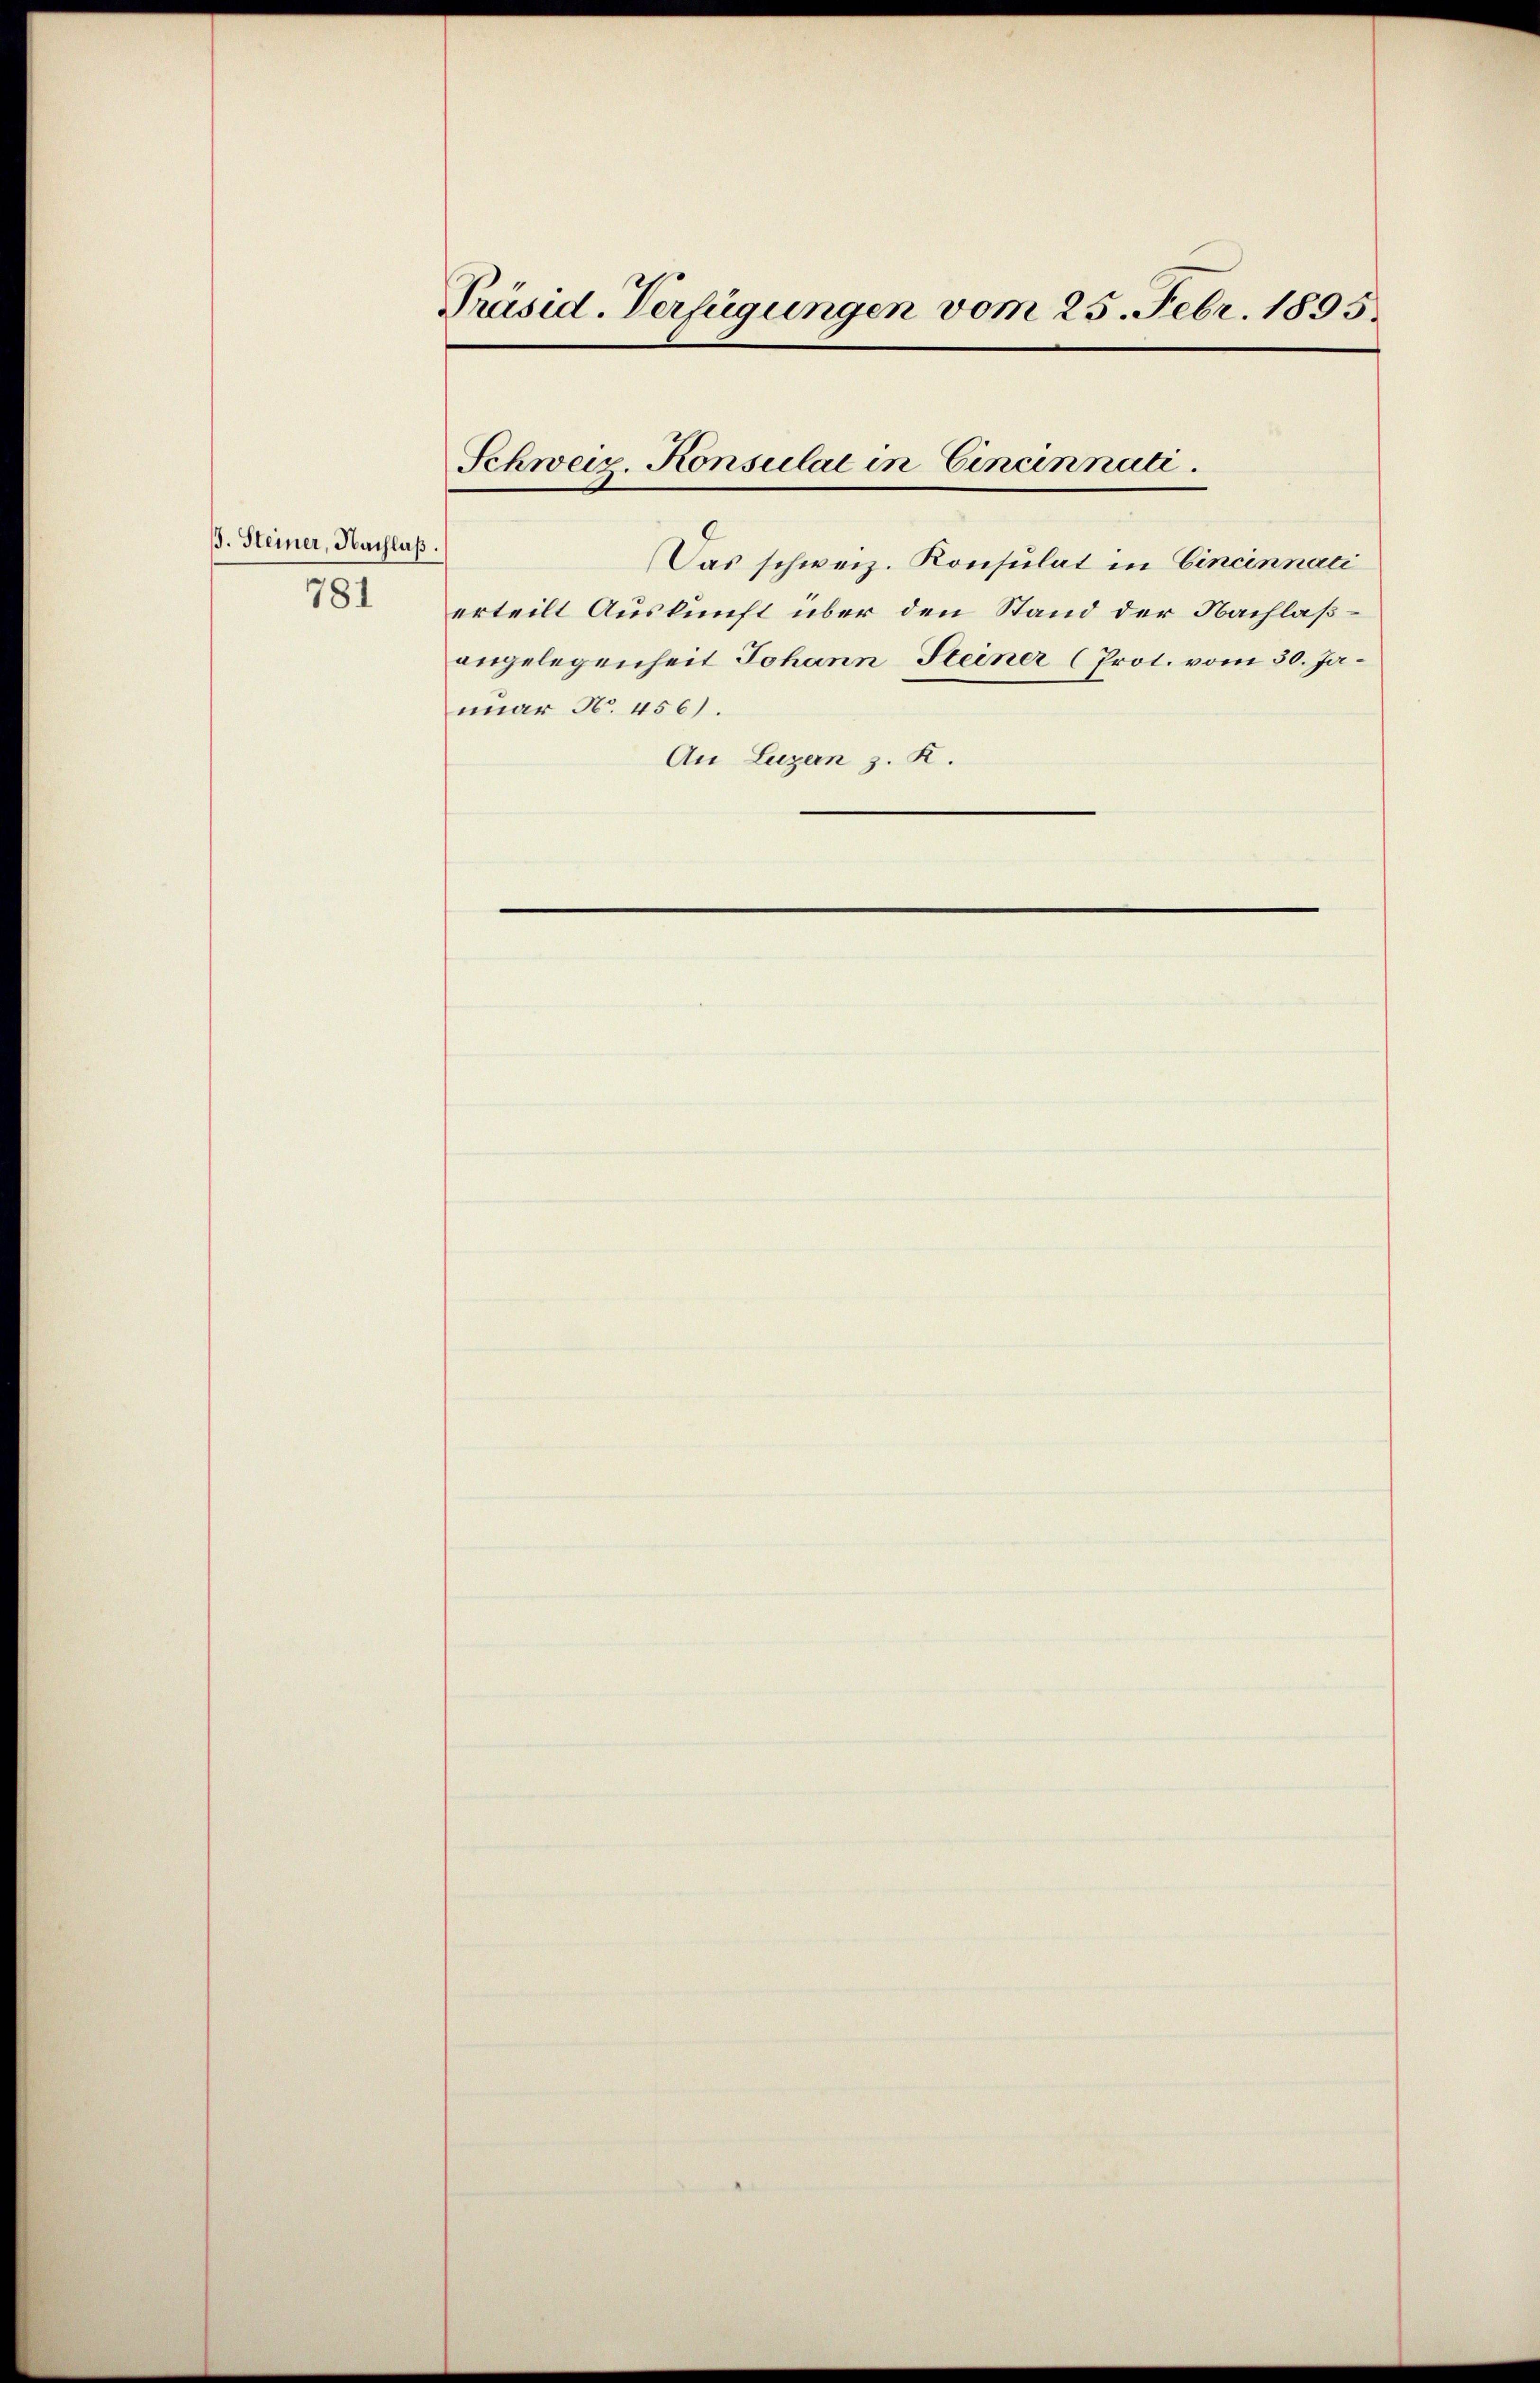
ß. Steiner, Nachlaß.
781

Präsid. Verfügungen vom 25. Febr. 1895.

Schweiz Konsulat in Cincinnati

erteilt Auskunft über den Stand der Nachlaßangelegenheit Johann Steiner (Prot. vom 30. Januar N. 456).
An Luzern z. K.

Das schweiz. Konsulat in Cincinnaci